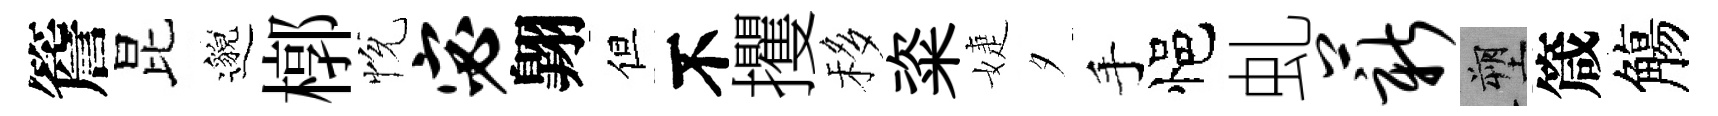
簷昆邈槨恱宓翺但不攫移粢婕夕手悒虬薪塑箴觴